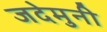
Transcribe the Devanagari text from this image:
जदेमुनी